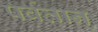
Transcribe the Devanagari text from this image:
पर्वतान्